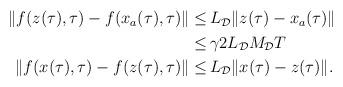
LaTeX: \begin{align*}\begin{aligned}\|f(z(\tau),\tau)-f(x_a(\tau),\tau)\| \le&\, L_\mathcal{D}\|z(\tau)-x_a(\tau)\| \\\le &\,\gamma 2 L_\mathcal{D} M_\mathcal{D} T\\\|f(x(\tau),\tau)-f(z(\tau),\tau)\| \le&\, L_\mathcal{D}\|x(\tau)-z(\tau)\|.\end{aligned}\end{align*}